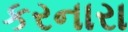
કરનારા